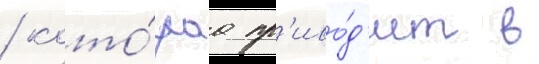
/ кото́раа пр'иво́д'ит в